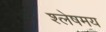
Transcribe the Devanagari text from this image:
श्लेषमय